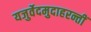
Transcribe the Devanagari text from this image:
यजुर्वेदमुदाहरन्तीं